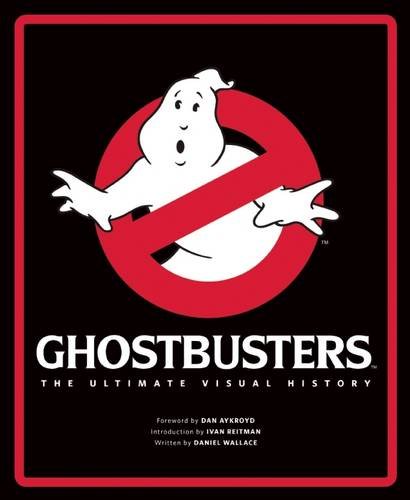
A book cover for Ghostbusters: The Ultimate Visual History; Daniel Wallace; Humor & Entertainment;